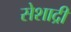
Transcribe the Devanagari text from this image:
सेशाद्री